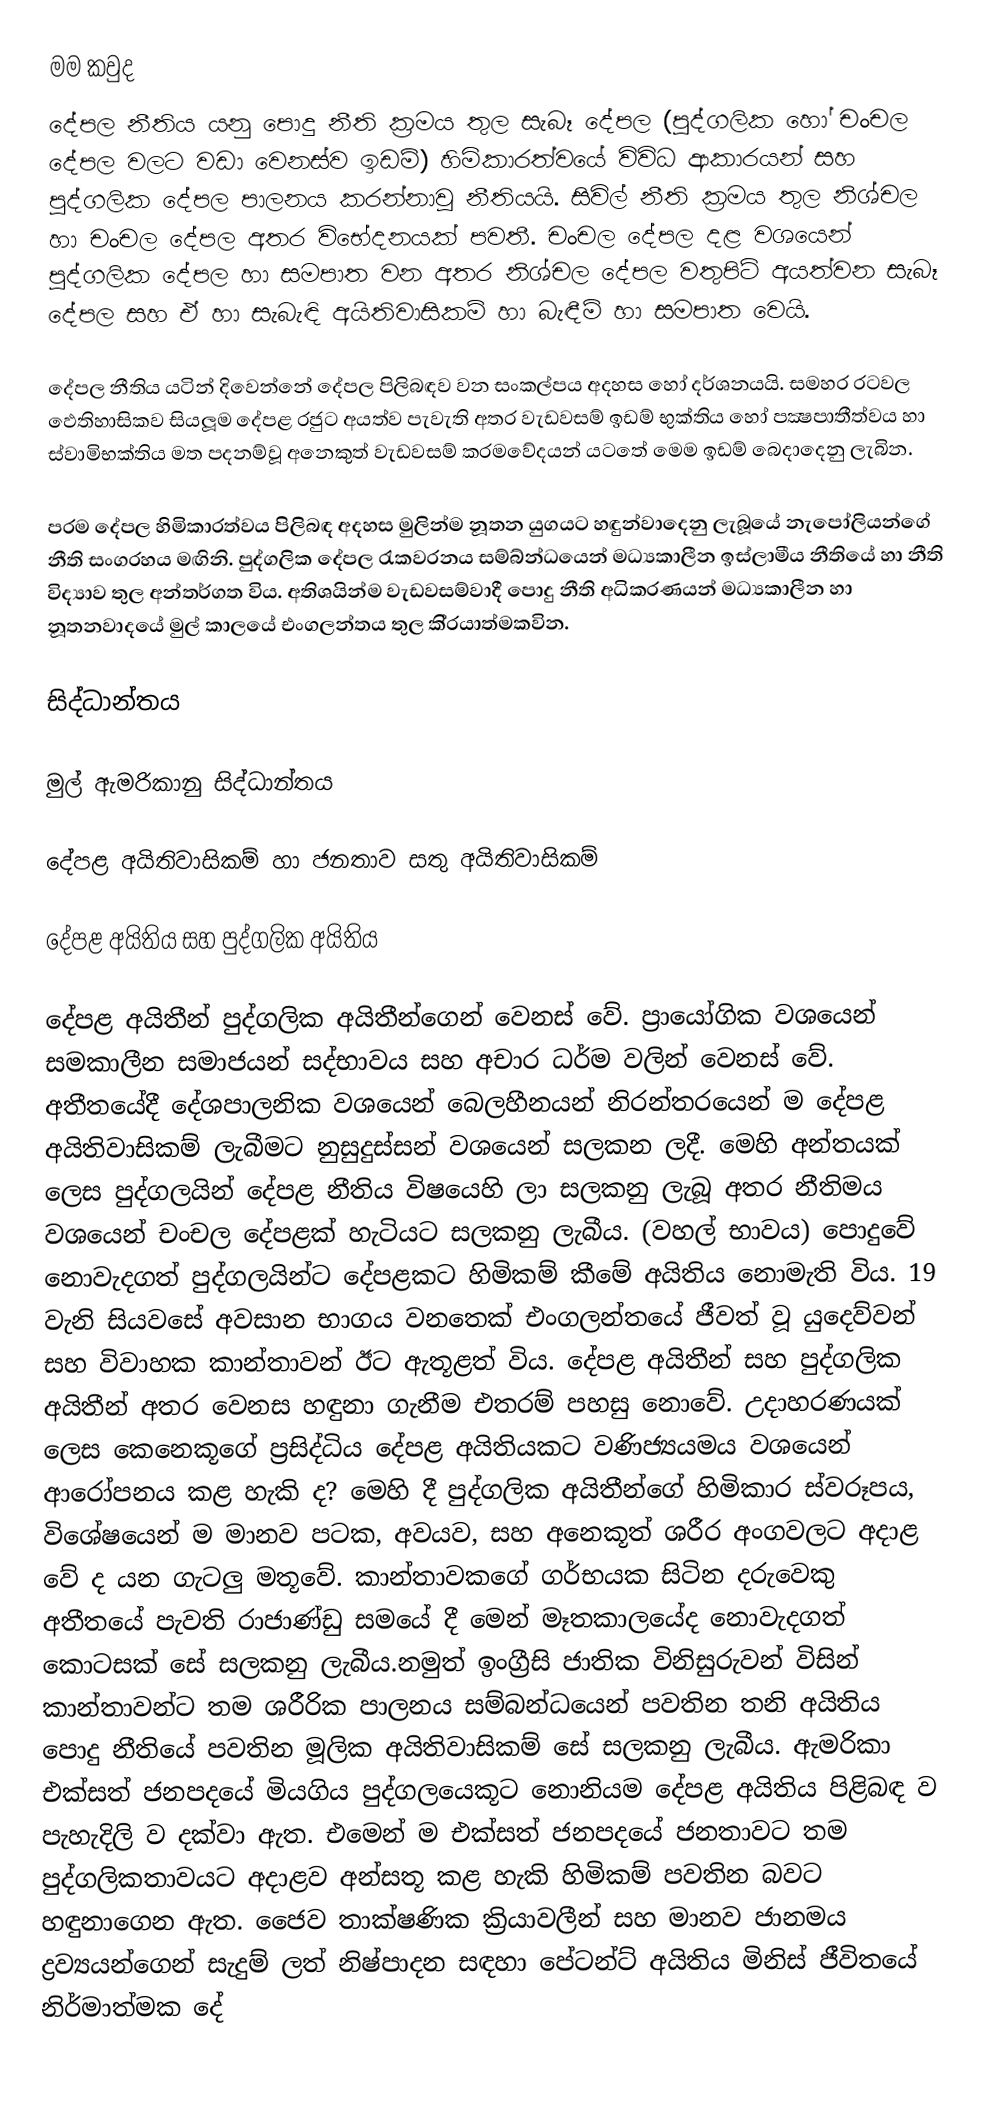
මම කවුද
දේපල නීතිය යනු පොදු නීති ක‍්‍රමය තුල සැබෑ දේපල (පුද්ගලික හෝ චංචල දේපල වලට වඩා වෙනස්ව ඉඩම්) හිමිකාරත්වයේ විවිධ ආකාරයන් සහ පුද්ගලික දේපල පාලනය කරන්නාවූ නීතියයි. සිවිල් නීති ක‍්‍රමය තුල නිශ්චල හා චංචල දේපල අතර විභේදනයක් පවතී. චංචල දේපල දළ වශයෙන් පුද්ගලික දේපල හා සමපාත වන අතර නිශ්චල දේපල වතුපිටි අයත්වන සැබෑ දේපල සහ ඒ හා සැබැඳි අයිතිවාසිකම් හා බැඳීම් හා සමපාත වෙයි.

දේපල නීතිය යටින් දිවෙන්නේ දේපල පිලිබඳව වන සංකල්පය අදහස හෝ දර්ශනයයි. සමහර රටවල ඵෙතිහාසිකව සියලූම දේපළ රජුට අයත්ව පැවැති අතර වැඩවසම් ඉඩම් භුක්තිය හෝ පක්‍ෂපාතීත්වය හා ස්වාමිභක්තිය මත පදනම්වූ අනෙකුත් වැඩවසම් ක‍්‍රමවේදයන් යටතේ මෙම ඉඩම් බෙදාදෙනු ලැබින.

පරම දේපල හිමිකාරත්වය පිලිබඳ අදහස මුලින්ම නූතන යුගයට හඳුන්වාදෙනු ලැබූයේ නැපෝලියන්ගේ නීති සංග‍්‍රහය මඟිනි. පුද්ගලික දේපල රැකවරනය සම්බ්න්ධයෙන් මධ්‍යකාලීන ඉස්ලාමීය නීතියේ හා නීති විද්‍යාව තුල අන්තර්ගත විය. අතිශයින්ම වැඩවසම්වාදී පොදු නීති අධිකරණයන් මධ්‍යකාලීන හා නූතනවාදයේ මුල් කාලයේ එංගලන්තය තුල කි‍්‍රයාත්මකවින.

සිද්ධාන්තය

මුල් ඇමරිකානු සිද්ධාන්තය

දේපළ අයිතිවාසිකම් හා ජනතාව සතු අයිතිවාසිකම්

දේපළ අයිතිය සහ පුද්ගලික අයිතිය

දේපළ අයිතීන් පුද්ගලික අයිතීන්ගෙන් වෙනස් වේ. ප්‍රායෝගික වශයෙන් සමකාලීන සමාජයන් සද්භාවය සහ අචාර ධර්ම වලින් වෙනස් වේ. අතීතයේදී දේශපාලනික වශයෙන් බෙලහීනයන් නිරන්තරයෙන් ම දේපළ අයිතිවාසිකම් ලැබීමට නුසුදුස්සන් වශයෙන් සලකන ලදී. මෙහි අන්තයක් ලෙස පුද්ගලයින් දේපළ නීතිය විෂයෙහි ලා සලකනු ලැබූ අතර නීතිමය වශයෙන් චංචල දේපළක් හැටියට සලකනු ලැබීය. (වහල් භාවය) පොදුවේ නොවැදගත් පුද්ගලයින්ට දේපළකට හිමිකම් කීමේ අයිතිය නොමැති විය. 19 වැනි සියවසේ අවසාන භාගය වනතෙක් එංගලන්තයේ ජීවත් වූ යුදෙව්වන් සහ විවාහක කාන්තාවන් ඊට ඇතූළත් විය. දේපළ අයිතීන් සහ පුද්ගලික අයිතීන් අතර වෙනස හඳුනා ගැනීම එතරම් පහසු නොවේ. උදාහරණයක් ලෙස කෙනෙකූගේ ප්‍රසිද්ධිය දේපළ අයිතියකට වණිජ්‍යයමය වශයෙන් ආරෝපනය කළ හැකි ද? මෙහි දී පුද්ගලික අයිතීන්ගේ හිමිකාර ස්වරූපය, විශේෂයෙන් ම මානව පටක, අවයව, සහ අනෙකූත් ශරීර අංගවලට අදාළ වේ ද යන ගැටලු මතූවේ. කාන්තාවකගේ ගර්භයක සිටින දරුවෙකු අතීතයේ පැවති රාජාණ්ඩු සමයේ දී මෙන් මෑතකාලයේද නොවැදගත් කොටසක් සේ සලකනු ලැබීය.නමුත් ඉංග්‍රීසි ජාතික විනිසුරුවන් විසින් කාන්තාවන්ට තම ශරීරික පාලනය සම්බන්ධයෙන් පවතින තනි අයිතිය පොදු නීතියේ පවතින මූලික අයිතිවාසිකම් සේ සලකනු ලැබීය. ඇමරිකා එක්සත් ජනපදයේ මියගිය පුද්ගලයෙකූට නොනියම දේපළ අයිතිය පිළිබඳ ව පැහැදිලි ව දක්වා ඇත. එමෙන් ම එක්සත් ජනපදයේ ජනතාවට තම පුද්ගලිකතාවයට අදාළව අන්සතූ කළ හැකි හිමිකම් පවතින බවට හඳුනාගෙන ඇත. ජෛව තාක්ෂණික ක්‍රියාවලීන් සහ මානව ජානමය ද්‍රව්‍යයන්ගෙන් සැදුම් ලත් නිෂ්පාදන සඳහා පේටන්ට් අයිතිය මිනිස් ජීවිතයේ නිර්මාත්මක දේ